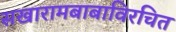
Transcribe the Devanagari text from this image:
सखारामबाबाविरचित